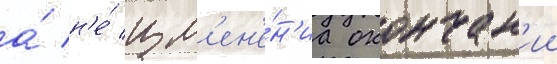
а́ н'е́ изм'ен'е́н'иа окончан'ии